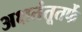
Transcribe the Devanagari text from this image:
अक्षतंतूतर्फे